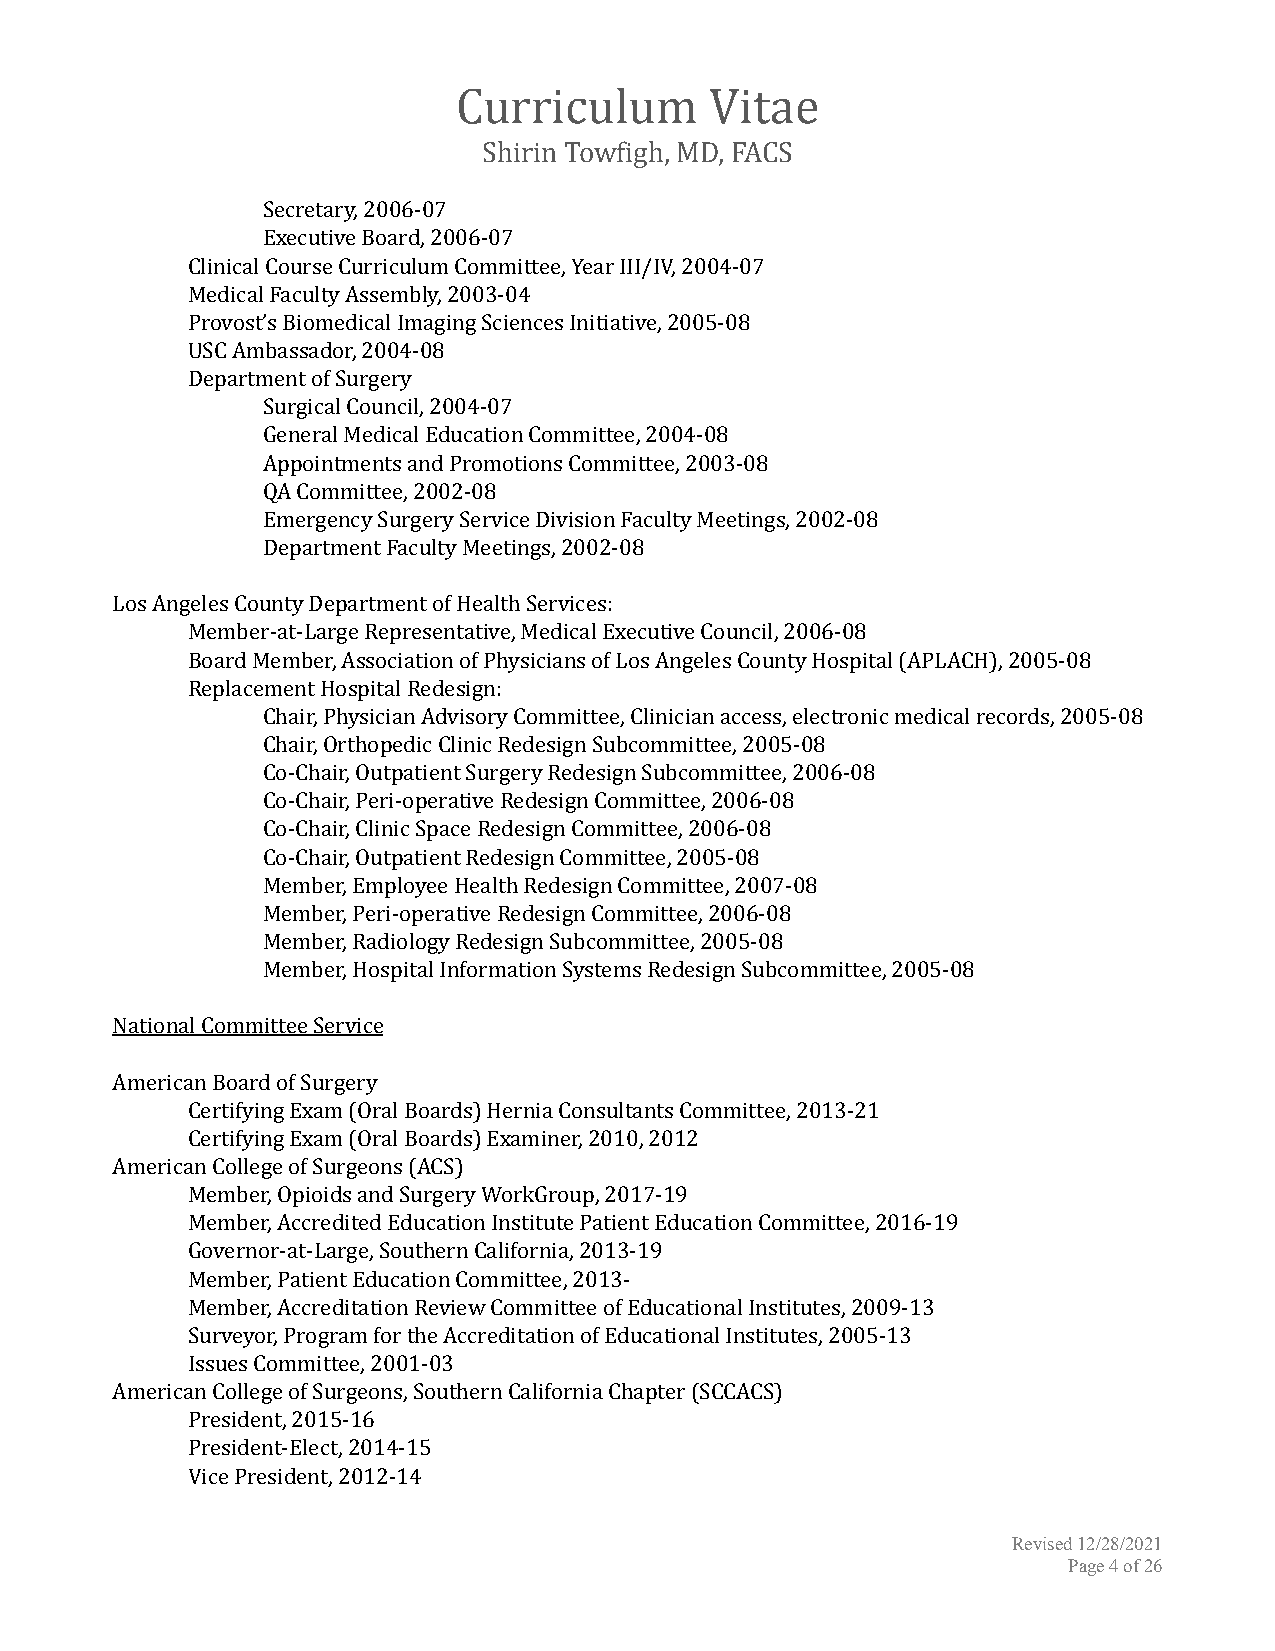
Curriculum       Vitae
 Shirin Towfigh, MD, FACS
 Secretary, 2006-07
 Executive Board, 2006-07
 Clinical Course Curriculum Committee, Year III/IV, 2004-07
 Medical Faculty Assembly, 2003-04
 Provost’s Biomedical Imaging Sciences Initiative, 2005-08
 USC Ambassador, 2004-08
 Department of Surgery
 Surgical Council, 2004-07
 General Medical Education Committee, 2004-08
 Appointments and Promotions Committee, 2003-08
 QA Committee, 2002-08
 Emergency Surgery Service Division Faculty Meetings, 2002-08
 Department Faculty Meetings, 2002-08
 Los Angeles County Department of Health Services:
 Member-at-Large Representative, Medical Executive Council, 2006-08
 Board Member, Association of Physicians of Los Angeles County Hospital (APLACH), 2005-08
 Replacement Hospital Redesign:
 Chair, Physician Advisory Committee, Clinician access, electronic medical records, 2005-08
 Chair, Orthopedic Clinic Redesign Subcommittee, 2005-08
 Co-Chair, Outpatient Surgery Redesign Subcommittee, 2006-08
 Co-Chair, Peri-operative Redesign Committee, 2006-08
 Co-Chair, Clinic Space Redesign Committee, 2006-08
 Co-Chair, Outpatient Redesign Committee, 2005-08
 Member, Employee Health Redesign Committee, 2007-08
 Member, Peri-operative Redesign Committee, 2006-08
 Member, Radiology Redesign Subcommittee, 2005-08
 Member, Hospital Information Systems Redesign Subcommittee, 2005-08
 National Committee Service
 American Board of Surgery
 Certifying Exam (Oral Boards) Hernia Consultants Committee, 2013-21
 Certifying Exam (Oral Boards) Examiner, 2010, 2012
 American College of Surgeons (ACS)
 Member, Opioids and Surgery WorkGroup, 2017-19
 Member, Accredited Education Institute Patient Education Committee, 2016-19
 Governor-at-Large, Southern California, 2013-19
 Member, Patient Education Committee, 2013-
 Member, Accreditation Review Committee of Educational Institutes, 2009-13
 Surveyor, Program for the Accreditation of Educational Institutes, 2005-13
 Issues Committee, 2001-03
 American College of Surgeons, Southern California Chapter (SCCACS)
 President, 2015-16
 President-Elect, 2014-15
 Vice President, 2012-14
 Revised 12/28/2021
 Page4of26